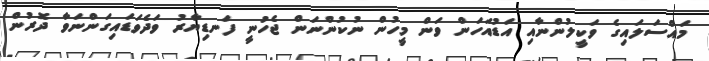
މައްސަލައިގެ ވަކީލުންނާއި އަޑުއަހަން ވަން މީހުން ނުކުންނަން ޖެހުނީ ފަނޑިޔާރު ވަދެވަޑައިގަންނަވާ ދޮރުން